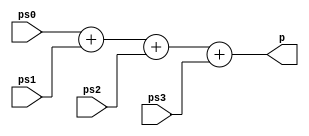
module mult_p2
(
  input [15:0] ps0,
  input [15:0] ps1,
  input [15:0] ps2,
  input [15:0] ps3,
  output [15:0] p
);

  assign p = ps0 + ps1 + ps2 + ps3;

endmodule